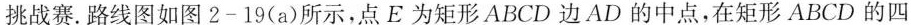
挑战赛。路线图如图2-19(a)所示，点E为矩形ABCD边AD的中点，在矩形ABCD的四